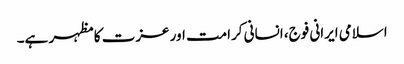
اسلامی ایرانی فوج، انسانی کرامت اور عزت کا مظہر ہے۔